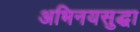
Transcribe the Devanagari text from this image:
अभिनयसुद्धा